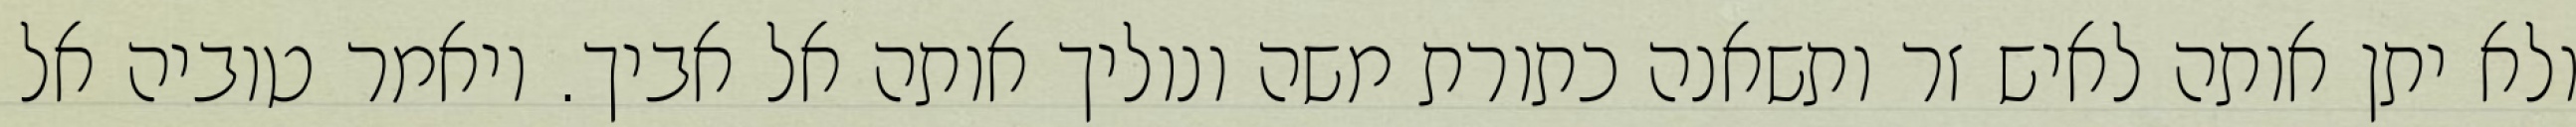
ולא יתן אותה לאיש זר ותשאנה כתורת משה ונוליך אותה אל אביך. ויאמר טוביה אל